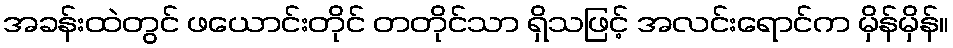
အခန်းထဲတွင် ဖယောင်းတိုင် တတိုင်သာ ရှိသဖြင့် အလင်းရောင်က မှိန်မှိန်။